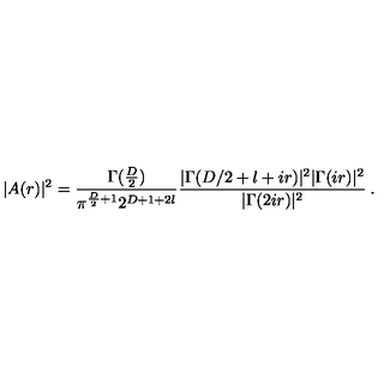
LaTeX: | A ( r ) | ^ { 2 } = \frac { \Gamma ( \frac { D } { 2 } ) } { \pi ^ { \frac { D } { 2 } + 1 } 2 ^ { D + 1 + 2 l } } \frac { | \Gamma ( D / 2 + l + i r ) | ^ { 2 } | \Gamma ( i r ) | ^ { 2 } } { | \Gamma ( 2 i r ) | ^ { 2 } } \: .